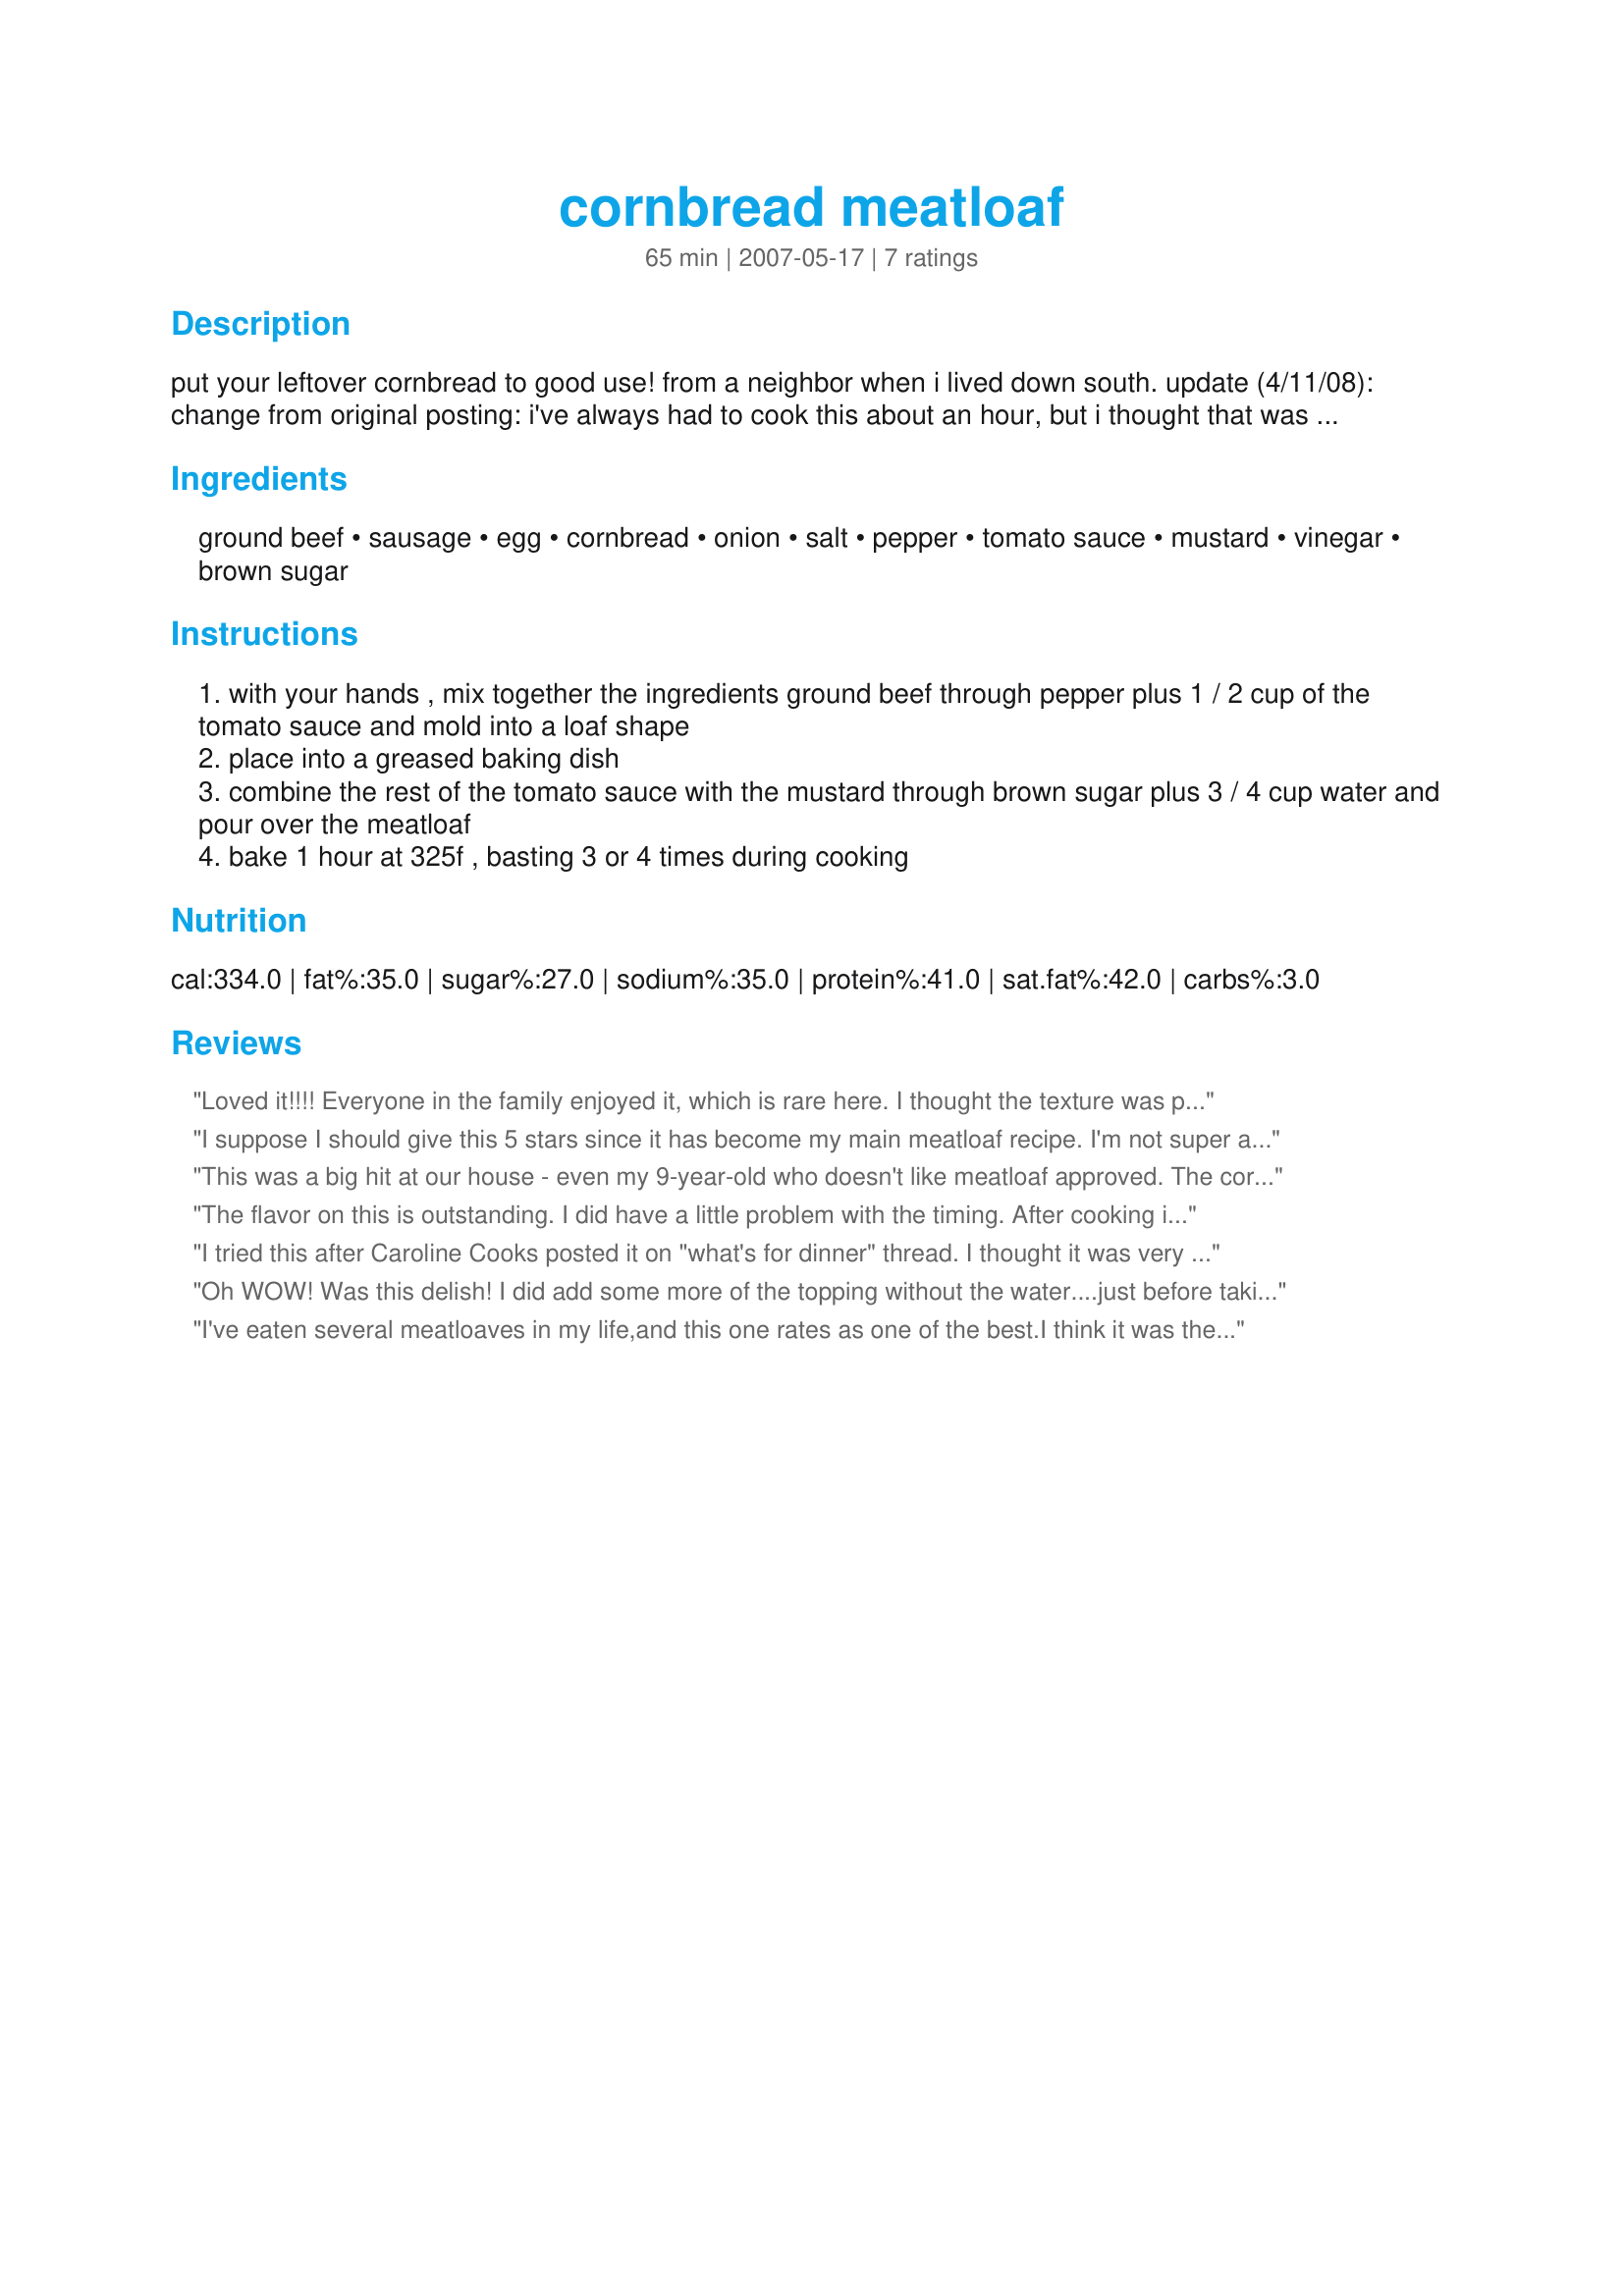
cornbread meatloaf
Preparation time: 65 minutes

put your leftover cornbread to good use! from a neighbor when i lived down south. update (4/11/08): change from original posting: i've always had to cook this about an hour, but i thought that was just me, so i when i originally posted this i left the cooking time at 3/4 hour, which was how i received it. however, since all the reviewers have noted that they, too, have to cook it longer, i have now changed the cooking time to 1 hour.

Ingredients:
ground beef, sausage, egg, cornbread, onion, salt, pepper, tomato sauce, mustard, vinegar, brown sugar

Steps:
with your hands , mix together the ingredients ground beef through pepper plus 1 / 2 cup of the tomato sauce and mold into a loaf shape
place into a greased baking dish
combine the rest of the tomato sauce with the mustard through brown sugar plus 3 / 4 cup water and pour over the meatloaf
bake 1 hour at 325f , basting 3 or 4 times during cooking

Reviews:
Loved it!!!! Everyone in the family enjoyed it, which is rare here. I thought the texture was perfect. It was firm, for lack of a better word. Not mushy, like other meat loafs. It sliced well and held up well. I had to cook it at least 1 hour 15 minutes. 45 minutes was not enough for me. I will use this one many times. Thanks!
I suppose I should give this 5 stars since it has become my main meatloaf recipe. I'm not super attached to the cornbread. I think it is adding in the sausage that really makes the recipe. I have tried this with ground chicken instead of beef and it came out great. Also most recently I added cooked lentils which was inspired by recipe #33921
This was a big hit at our house - even my 9-year-old who doesn't like meatloaf approved. The cornbread I used was very sweet, so the meatloaf had a bit of sweetness to it. The texture was great - we're looking forward to sandwiches tomorrow. I did need to cook it for a good bit longer than 60 minutes, and I ended up baking it at 350 at the end to speed up the process. (I also let it rest for 10 minutes before slicing.) For personal preferences, next time I'll cut back on the onion (and dice it much smaller than this time), and spread ketchup on the top instead of the tomato sauce mixture.
The flavor on this is outstanding. I did have a little problem with the timing. After cooking in a convection oven at 325 degrees for 45 minutes it was beautiful; however, upon cutting into the end slice, the meat was undercooked. It was cooked an additional 15 minutes at 350 degrees and allowed to rest covered with foil for 15 minutes. It was still undercooked. At this point, it was sliced, returned to the pan, covered with foil and cooked an additional 10 to 15 minutes. That did the trick. DH would love for me to make this again and I probably will but will allow for a longer cooking period.
I tried this after Caroline Cooks posted it on "what's for dinner" thread.
I thought it was very good, too.
It was very moist and very tasty.
I served it with pinto beans and green salad.
I didn't have any brown sugar on hand so I substituted honey and it tasted great.
Oh WOW! Was this delish! I did add some more of the topping without the water....just before taking out of the oven---15 min.
Can't wait for tomorrow for meatloaf sammiches....MMMMMM.
I've eaten several meatloaves in my life,and this one rates as one of the best.I think it was the addition of sausage that made it so special.Instead of using regular tomato sauce,I used one that had a blend of basil, garlic,and oregeno.For the cup of cornbread I used part Recipe#83206.
And I knew that the full amount of vinegar would have been too much,so I only used half,and kept the rest of the topping ingredients the same.Also, instead of pouring the sauce over the top and then baking,I baked it for 45 minutes @ 350 degrees then brushed on the sauce and baked fifteen more minutes. After removing from the oven,I let it "rest" for about 10 minutes.It sliced into the most perfect even slices you could ask for.For the rest of the sauce I thickened it with a little cornstarch,warmed it through and poured it over the slices.I served this with Recipe#171075, Recipe#143683,and Recipe#65340 as sides and this was comfort food as it's finest.Thank you for posting,this will be made again. "Keep Smiling:)"
